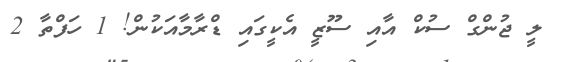
ލީ ޖުންގް ސުކް އާއި ސޫޒީ އެކީގައި ޑްރާމާއަކުން! 1 ހަފްތާ 2